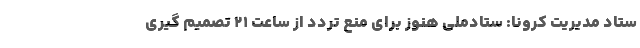
ستاد مدیریت کرونا: ستادملی هنوز برای منع تردد از ساعت ٢١ تصمیم گیری